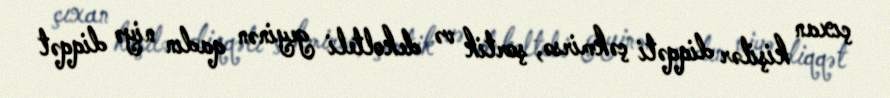
çıxan kişilər diqqəti çəkmirsə, şortik və dekolteli geyinən qadın niyə diqqət